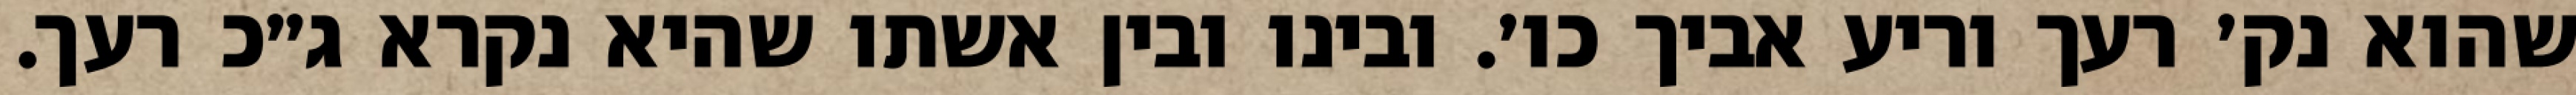
שהוא נק׳ רעך וריע אביך כו׳. ובינו ובין אשתו שהיא נקרא ג״כ רעך.